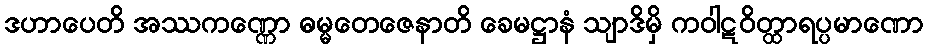
ဒဟာပေတိ အဿကဏ္ဏော ဓမ္မတေဇေနာတိ ခေမဋ္ဌာနံ သျာဒိမှိ ကဝါဋဝိတ္ထာရပ္ပမာဏော